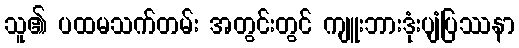
သူ၏ ပထမသက်တမ်း အတွင်းတွင် ကျူးဘားဒုံးပျံပြဿနာ